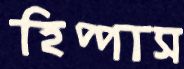
হিপ্পাস